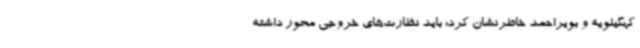
کهگیلویه و بویراحمد خاطرنشان کرد: باید نظارت‌های خروجی محور داشته